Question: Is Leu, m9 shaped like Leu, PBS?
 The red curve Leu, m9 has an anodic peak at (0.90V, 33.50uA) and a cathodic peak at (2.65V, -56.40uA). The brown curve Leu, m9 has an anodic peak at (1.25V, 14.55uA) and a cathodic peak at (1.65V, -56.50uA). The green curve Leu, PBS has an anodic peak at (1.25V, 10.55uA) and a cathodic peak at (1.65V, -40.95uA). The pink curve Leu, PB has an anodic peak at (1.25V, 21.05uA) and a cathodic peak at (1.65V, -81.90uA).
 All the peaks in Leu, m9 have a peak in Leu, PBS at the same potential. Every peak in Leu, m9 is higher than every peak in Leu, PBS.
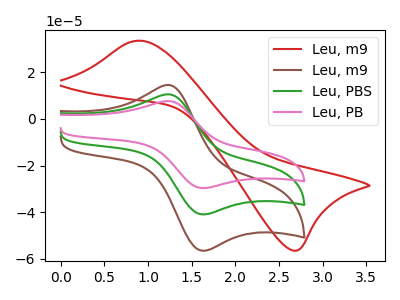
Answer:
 <answer>"Leu, m9" and "Leu, PBS" are similar in shape.</answer>
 <eval>same_shape</eval>